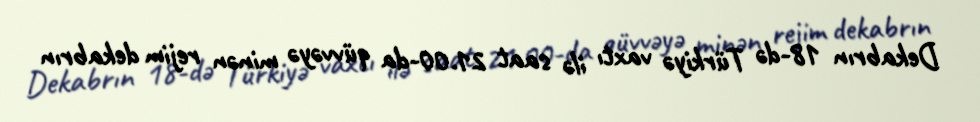
Dekabrın 18-də Türkiyə vaxtı ilə saat 21.00-da qüvvəyə minən rejim dekabrın